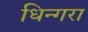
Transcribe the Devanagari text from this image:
धिन्गरा